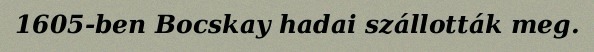
1605-ben Bocskay hadai szállották meg.